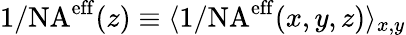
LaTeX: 1/\mathrm{{NA^{eff}}}(z)\equiv\langle{1/\mathrm{{NA^{eff}}}}(x,y,z)\rangle_{x,y}